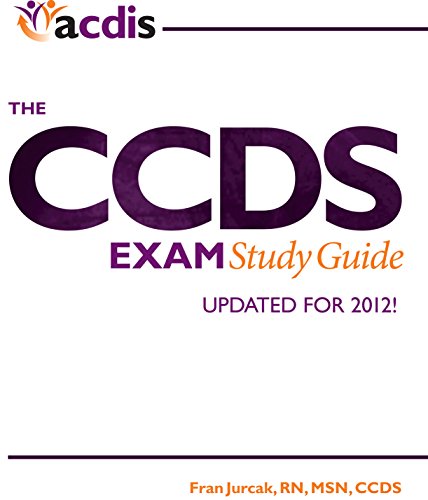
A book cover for The CCDS Exam Study Guide (2012 Edition); HCPro; Medical Books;